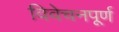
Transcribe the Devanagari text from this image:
विवेचनपूर्ण